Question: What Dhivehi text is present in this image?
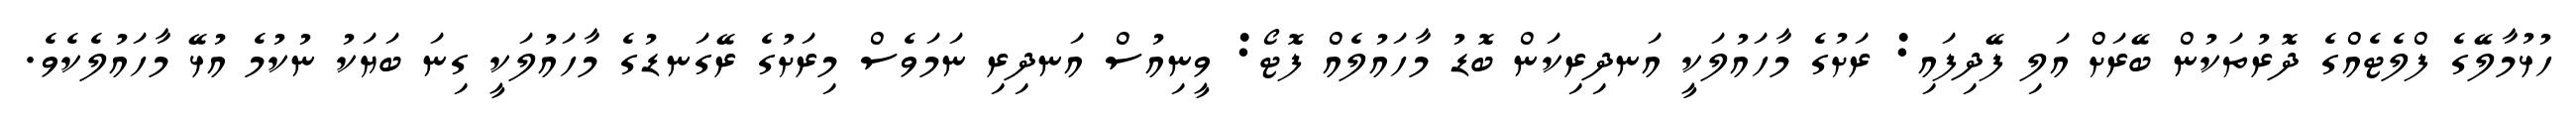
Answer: ހުޅުމާލޭގެ ފްލެޓެއްގެ ދޮރުތަކުން ބޭރަށް އަލި ފޭދިފައި: ރަށުގެ މާހައުލަކީ އަނދިރިކަން ބޮޑު މާހައުލެއް ފޮޓޯ: ވީނިއުސް އަނދިރި ނަމަވެސް މިރަށުގެ ރޭގަނޑުގެ މާހައުލަކީ ގިނަ ބަޔަކު ނުކުމެ އުޅޭ މާހައުލެކެވެ.